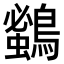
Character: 𪄰